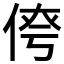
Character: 𪝄